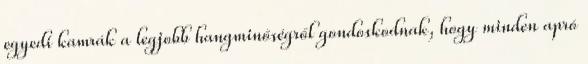
egyedi kamrák a legjobb hangminőségről gondoskodnak, hogy minden apró